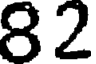
82